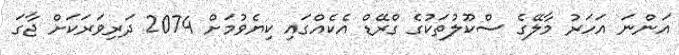
އަންނަ އަހަރު މާލޭގެ ސްކޫލުތަކުގެ ގްރޭޑް އެކެއްގައި ކިޔެވުމަށް 2074 ދަރިވަރަކަށް ޖާގަ